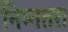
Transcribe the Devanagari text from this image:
निम्नतर।